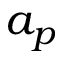
a _ { p }